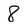
Character: 8